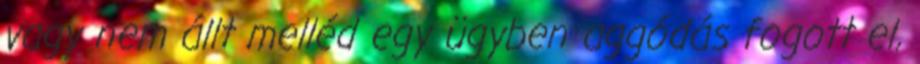
vagy nem állt melléd egy ügyben aggódás fogott el,